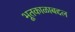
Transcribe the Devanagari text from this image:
भूतकाळाबद्दल